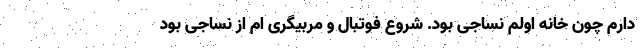
دارم چون خانه اولم نساجی بود. شروع فوتبال و مربیگری ام از نساجی بود